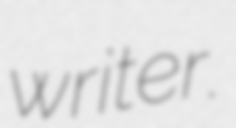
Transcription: writer.